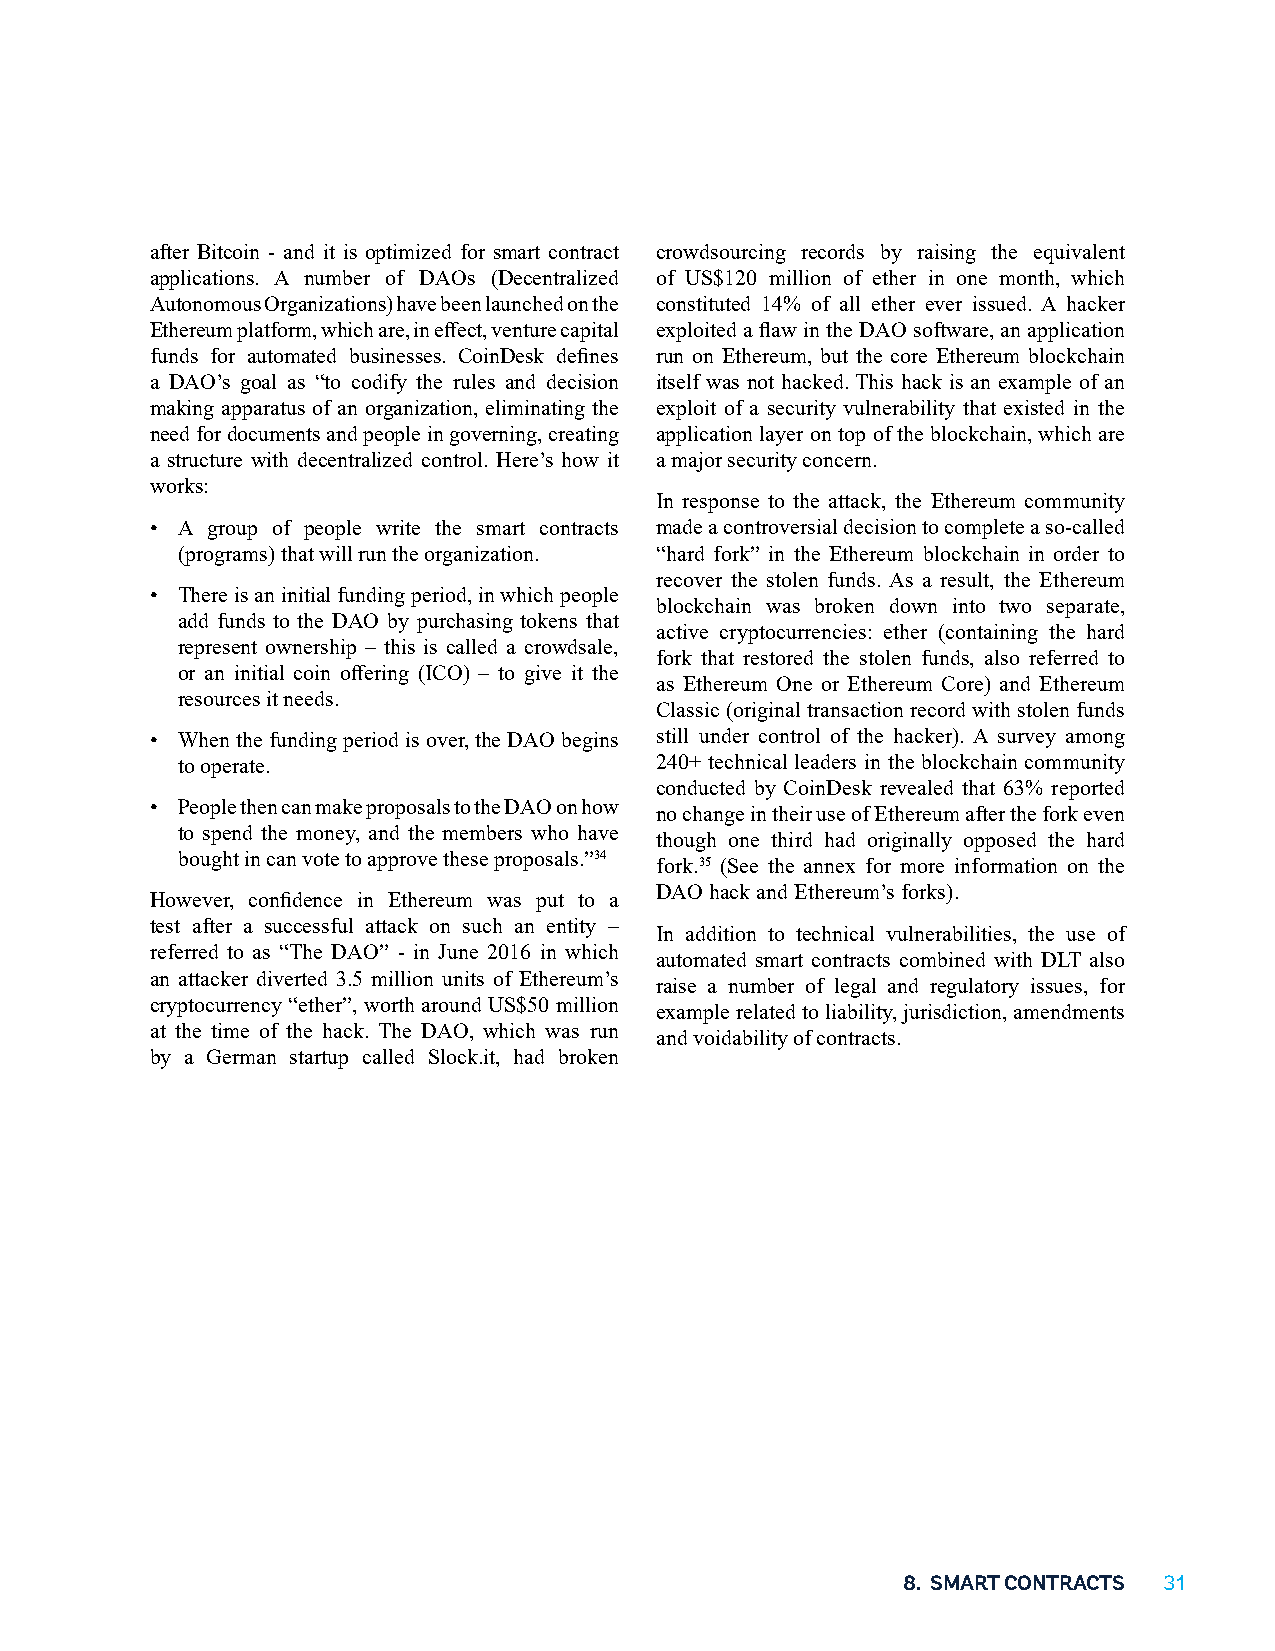
after Bitcoin - and it is optimized for smart contract crowdsourcing records by raising the equivalent
 applications. A number of DAOs (Decentralized of US$120 million of ether in one month, which
 Autonomous Organizations) have been launched on the constituted 14% of all ether ever issued. A hacker
 Ethereum platform, which are, in effect, venture capital exploited a flaw in the DAO software, an application
 funds for automated businesses. CoinDesk defines run on Ethereum, but the core Ethereum blockchain
 a DAO’s goal as “to codify the rules and decision itself was not hacked. This hack is an example of an
 making apparatus of an organization, eliminating the exploit of a security vulnerability that existed in the
 need for documents and people in governing, creating application layer on top of the blockchain, which are
 a structure with decentralized control. Here’s how it a major security concern.
 works:
 In response to the attack, the Ethereum community
 • A group of people write the smart contracts made a controversial decision to complete a so-called
 (programs) that will run the organization. “hard fork” in the Ethereum blockchain in order to
 recover the stolen funds. As a result, the Ethereum
 • There is an initial funding period, in which people
 blockchain was broken down into two separate,
 add funds to the DAO by purchasing tokens that
 active cryptocurrencies: ether (containing the hard
 represent ownership – this is called a crowdsale,
 fork that restored the stolen funds, also referred to
 or an initial coin offering (ICO) – to give it the
 as Ethereum One or Ethereum Core) and Ethereum
 resources it needs.
 Classic (original transaction record with stolen funds
 • When the funding period is over, the DAO begins still under control of the hacker). A survey among
 to operate.                    240+ technical leaders in the blockchain community
 conducted by CoinDesk revealed that 63% reported
 • People then can make proposals to the DAO on how
 no change in their use of Ethereum after the fork even
 to spend the money, and the members who have
 though one third had originally opposed the hard
 bought in can vote to approve these proposals.”34
 fork.35 (See the annex for more information on the
 DAO hack and Ethereum’s forks).
 However, confidence in Ethereum was put to a
 test after a successful attack on such an entity –
 In addition to technical vulnerabilities, the use of
 referred to as “The DAO” - in June 2016 in which
 automated smart contracts combined with DLT also
 an attacker diverted 3.5 million units of Ethereum’s
 raise a number of legal and regulatory issues, for
 cryptocurrency “ether”, worth around US$50 million
 example related to liability, jurisdiction, amendments
 at the time of the hack. The DAO, which was run
 and voidability of contracts.
 by a German startup called Slock.it, had broken
 8. SMART CONTRACTS 31